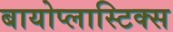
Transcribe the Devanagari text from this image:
बायोप्लास्टिक्स